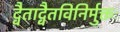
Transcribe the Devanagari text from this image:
द्वैताद्वैतविनिर्मुक्तः